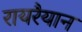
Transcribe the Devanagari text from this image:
रायरैयान